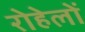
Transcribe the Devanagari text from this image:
रोहेलों